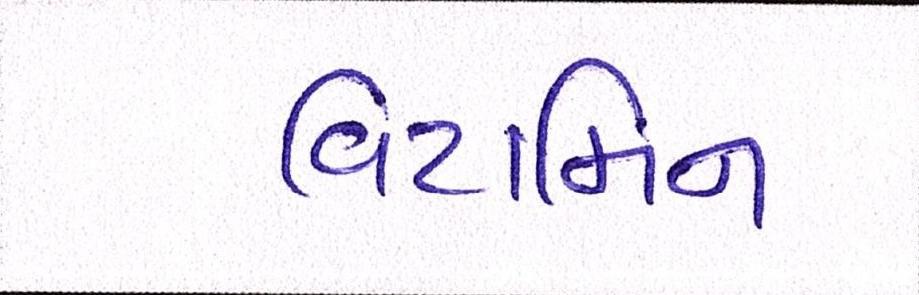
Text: વિટામિન